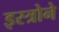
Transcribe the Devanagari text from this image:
इस्त्रोने